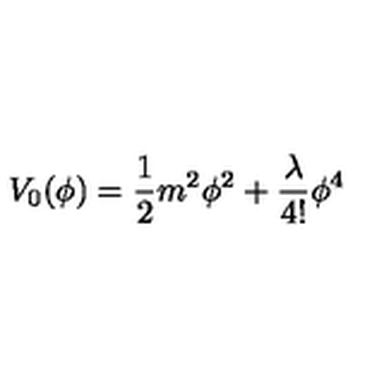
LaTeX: V _ { 0 } ( \phi ) = \frac { 1 } { 2 } m ^ { 2 } \phi ^ { 2 } + \frac { \lambda } { 4 ! } \phi ^ { 4 }